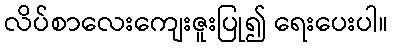
လိပ်စာလေးကျေးဇူးပြု၍ ရေးပေးပါ။